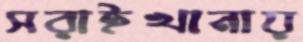
সরাইখানায়